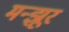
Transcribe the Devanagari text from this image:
मन्झूर